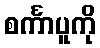
စင်္ကာပူကို